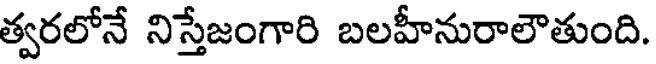
త్వరలోనే నిస్తేజంగారి బలహీనురాలౌతుంది.